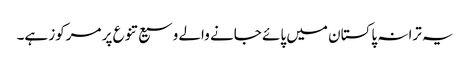
یہ ترانہ پاکستان میں پائے جانے والے وسیع تنوع پر مرکوز ہے۔